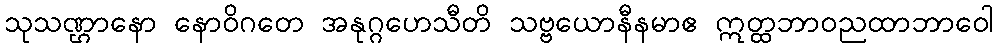
သုသဏ္ဌာနော နောဝိဂတေ အနုဂ္ဂဟေသီတိ သဗ္ဗယောနီနမာဧ ဣတ္ထဘာဝညထာဘာဝေါ